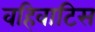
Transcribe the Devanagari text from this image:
वहिवाटिस